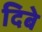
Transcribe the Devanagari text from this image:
दिबे